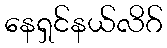
နေရှင်နယ်လိဂ်